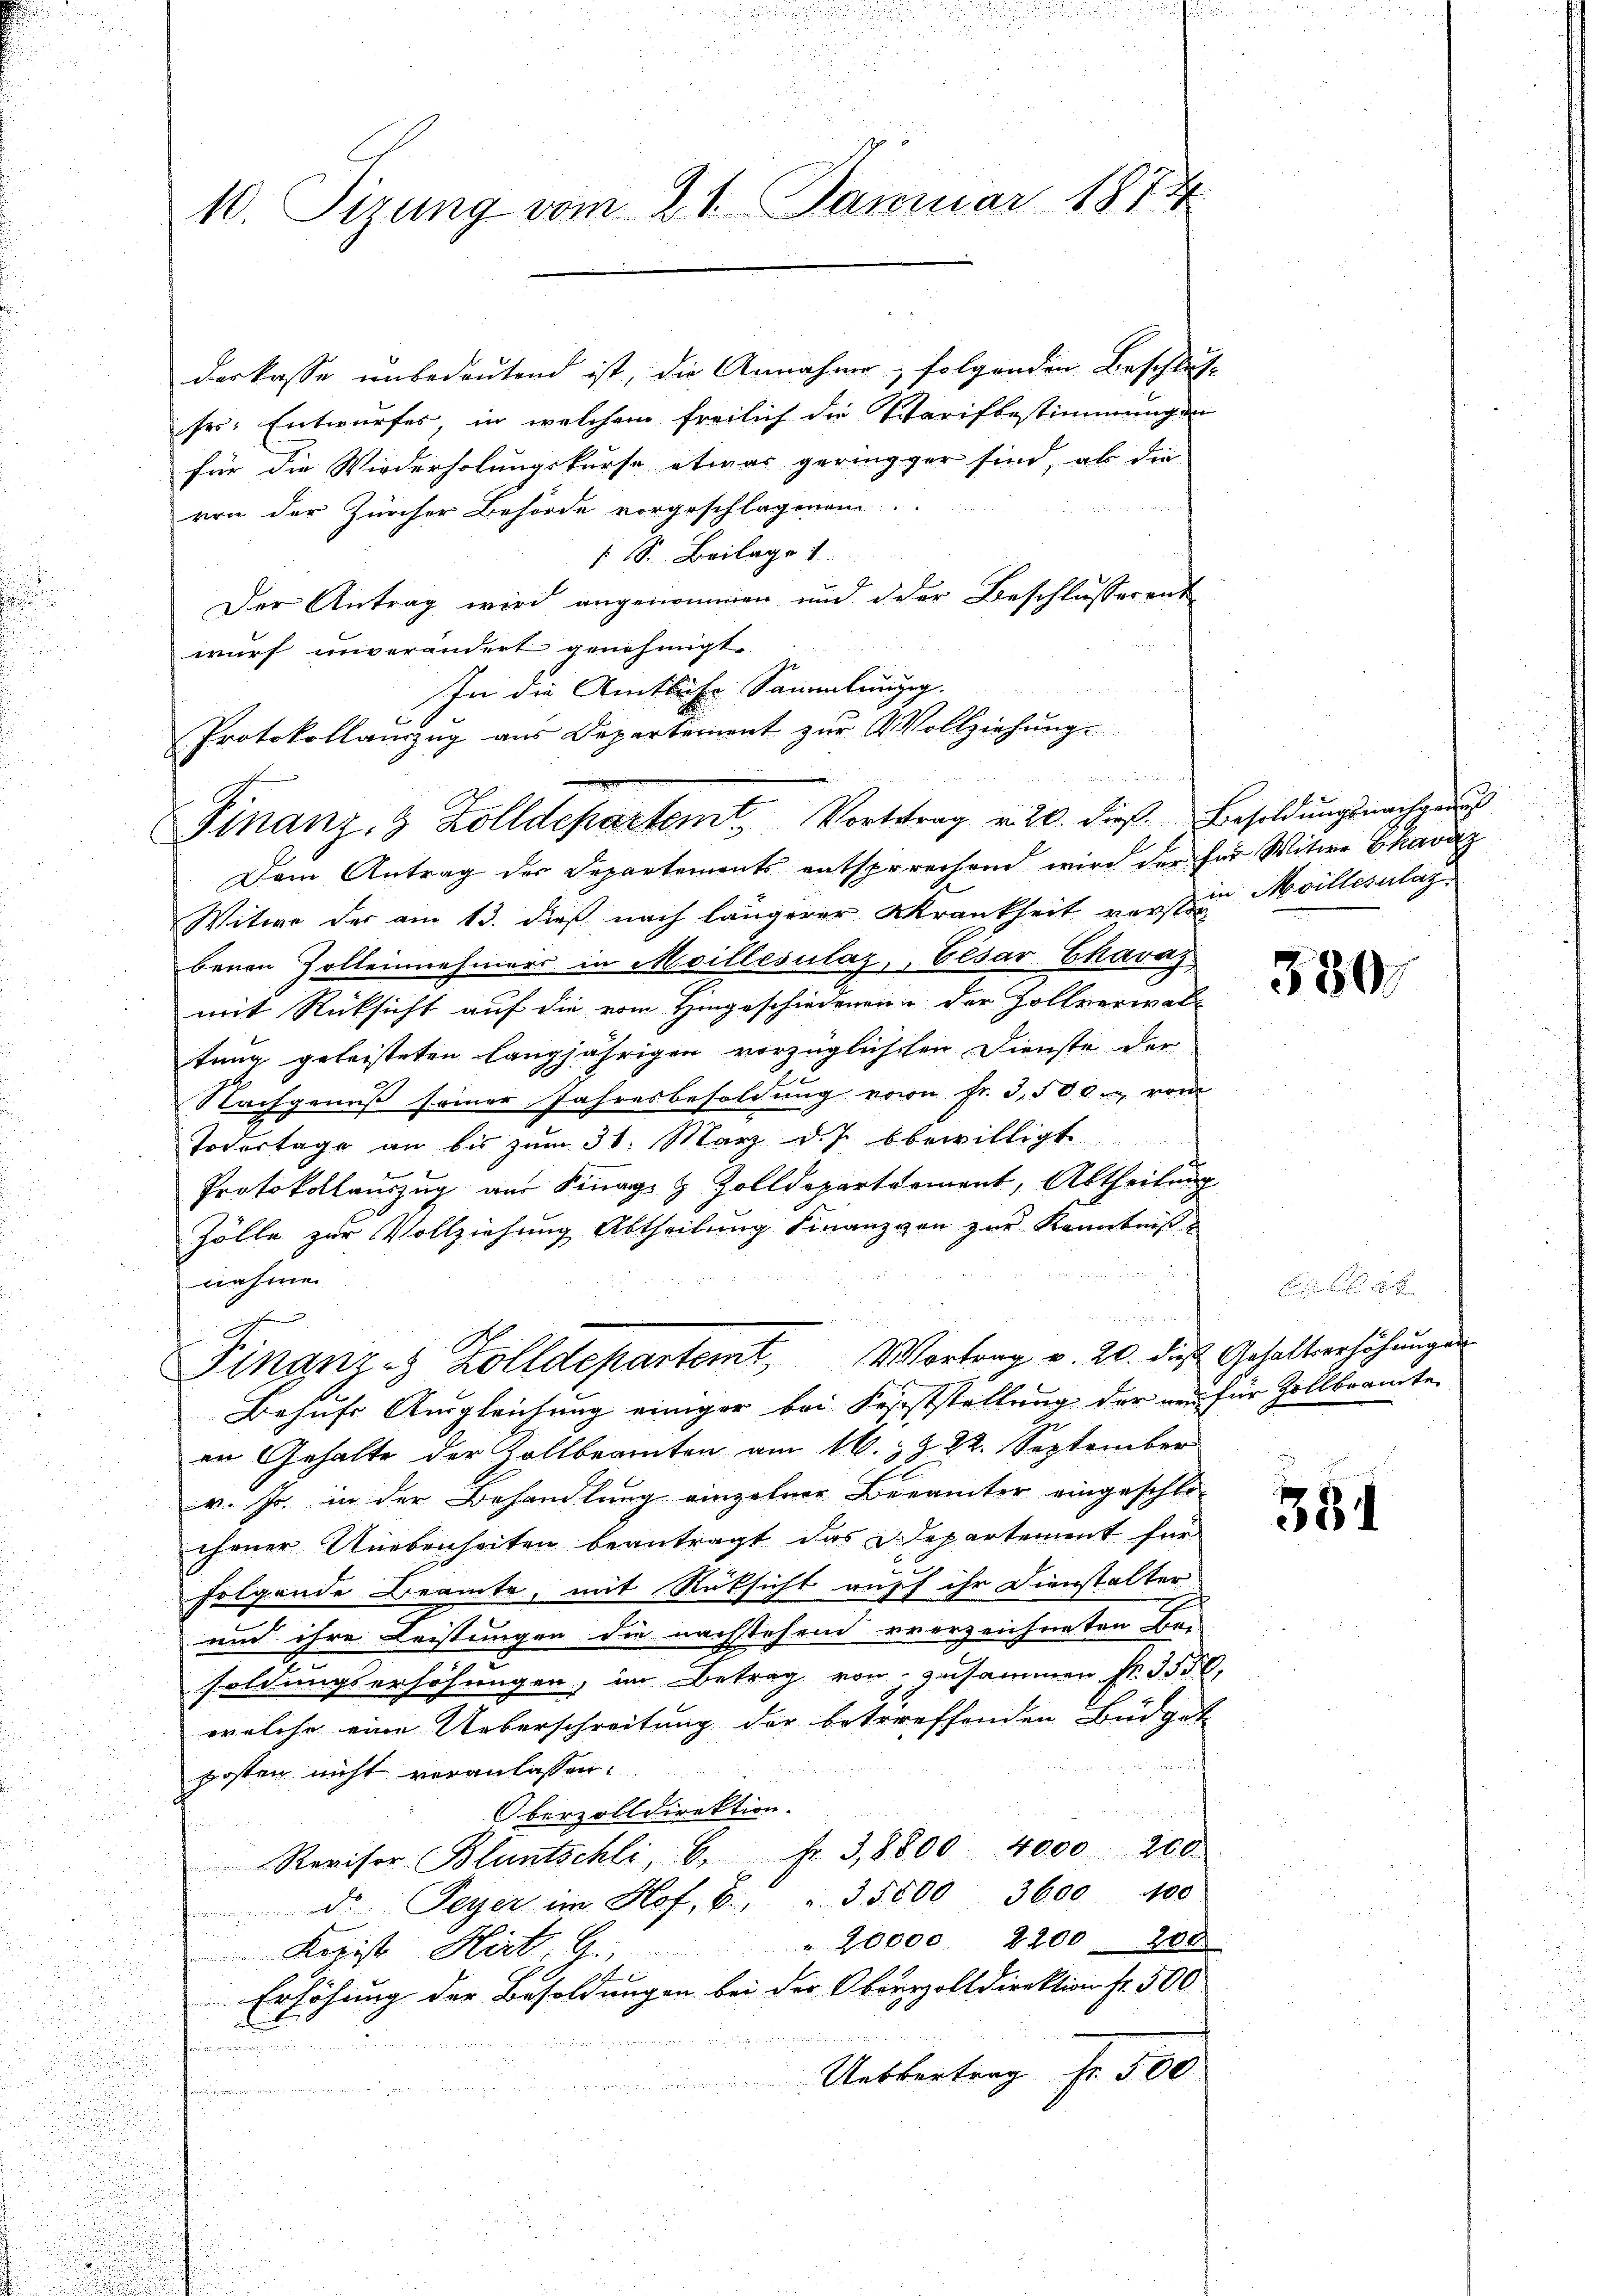
10. Sizung vom 21. Januar 1874

derkasse unbedeutend ist, die Annahme, folgenden Beschluss
ses: Entwurfes in welchem freilich die Tarifbestimmungen
für die Wiederholungskurse etwas geringger sind, ab die
von der Zürcher Behörde vorgeschlagenem
S. Beilage 1
Der Antrag wird angenommen und der Beschlusserent
wurf unverändert genehmigt.
Dem Antrag der Departements entsprechend wird der für Witwe Ekavaz
Witwe der am 13. dieß nach längerer Krankheit verstein Meillenlag
benen Zolleinehmers in Meillesilaz, Elsar Chavaz
mit Rücksicht auf die vom Hingeschiedenen der Zollverwaltung geleisteten langjährigen vorzüglichsten Dienste der
Nachgenuß seiner Jahresbesoldung von Fr. 3,500. vom
Todestage an bis zŭm 31. März d.J. bewilligt
Protokolaŭszŭg aŭs Finage & Zolldepartement, Abtheilŭng
Zölle zur Vollziehung Abtheilung Finanzvon zur Kenntnis
nahmen
u
Finanzes Zolldepartemt, Wortrag v. 20. die Gehaltverhöhungen
Behufs Ausgleichung einiger bei Feststellung der nur für Zollbeamte
en Gehalte der Kollbeamten am 16. z. Z. 22. September
v. Js. in der Behandlung einzelner Berämter eingeschlochener Unebenheiten beantragt das Departement für
u
2
folgende Beamte, mit Rüksicht auff ihr Dienstalter
und ihre Leistungen die nachstehend verzeichneten Be-
soldungserhöhungen, im Betrag von zusammen fr. 355.
welche eine Ueberschreitung der betreffenden Büdget
posten nicht veranlassen.
Oberzolldirektion.
Revisor Bluntschli, 6. Fr. 38800. 4000 200
d. Peyer im Hof, 6. " 35000 3600 100

Korist Hert. 9. 20000 2200. 200
Erhöhung der Besoldungen bei der Oberrzolldirektion fr. 500

Uebbertrag Fr. 500

In die Amtsfr. Sammlungig.
Protokollanzzug aus Departement zur Vollziehung

i
Finanz- & Zolldepartemt. Vortrag v. 20. dieß. Besoldungsnachgan

330.

381